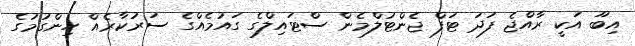
އިބޫ އަކީ ރާއްޖެ ފަދަ ޓަފް ޖެންޓުލްމެން ސްޓައިލްގެ ގައުމެއްގެ ސަރުކާރެއް ހިންގުމުގެ